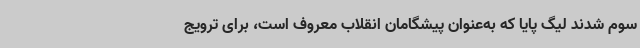
سوم شدند لیگ پایا که به‌عنوان پیشگامان انقلاب معروف است، برای ترویج